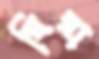
ঘিরা